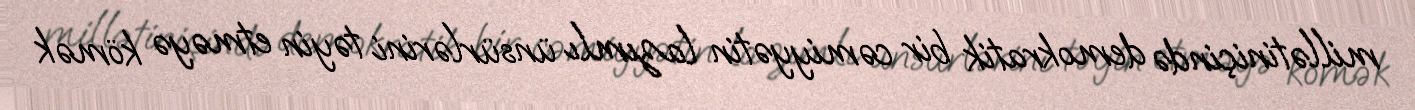
millətiniçində demokratik bir cəmiyyətin lazımlı ünsürlərini təyin etməyə kömək